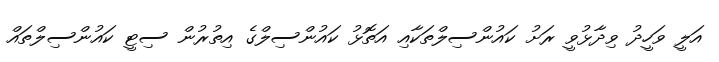
އަލީ ވަހީދު ވިދާޅުވީ ރަށު ކައުންސިލްތަކާއި އަތޮޅު ކައުންސިލްގެ އިތުރުން ސިޓީ ކައުންސިލްތައް